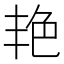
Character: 艳